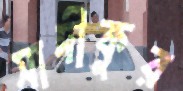
সাদীকুর